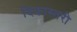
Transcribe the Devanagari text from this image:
दिकास्तरी